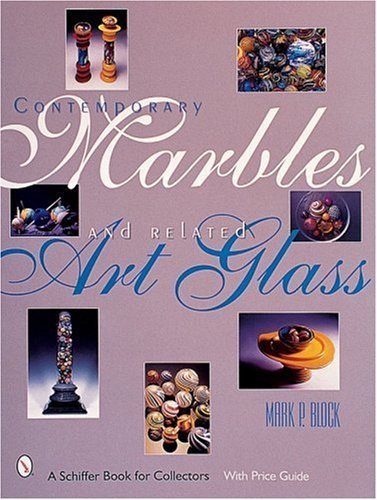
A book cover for Contemporary Marbles and Related Art Glass (A Schiffer Book for Collectors) by Block, Mark P. (2001) Hardcover; Mark P. Block; Crafts, Hobbies & Home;